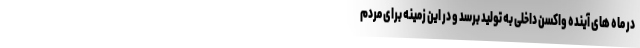
در ماه های آینده واکسن داخلی به تولید برسد و در این زمینه برای مردم